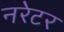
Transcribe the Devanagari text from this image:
नरेटर